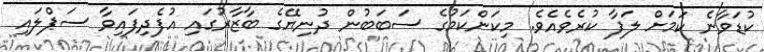
ކުޑަވާނެ ކަމަށް ލަފާ ކުރެވެއެވެ. މިކަންކަމުގެ ސަބަބުން ދުނިޔޭގެ ބާޒާރުގައި އުފެދިފައިވާ ސަޕްލައި